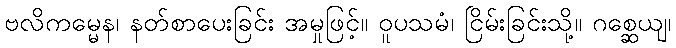
ဗလိကမ္မေန၊ နတ်စာပေးခြင်း အမှုဖြင့်။ ဝူပသမံ၊ ငြိမ်းခြင်းသို့။ ဂစ္ဆေယျ၊